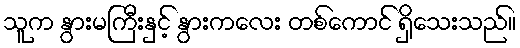
သူက နွားမကြီးနှင့် နွားကလေး တစ်ကောင် ရှိသေးသည်။